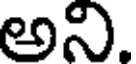
అని.